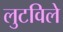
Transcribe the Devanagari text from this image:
लुटविले